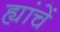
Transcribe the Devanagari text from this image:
ह्यांचें